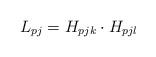
LaTeX: \begin{align*}L_{pj}=H_{pjk} \cdot H_{pjl}\end{align*}